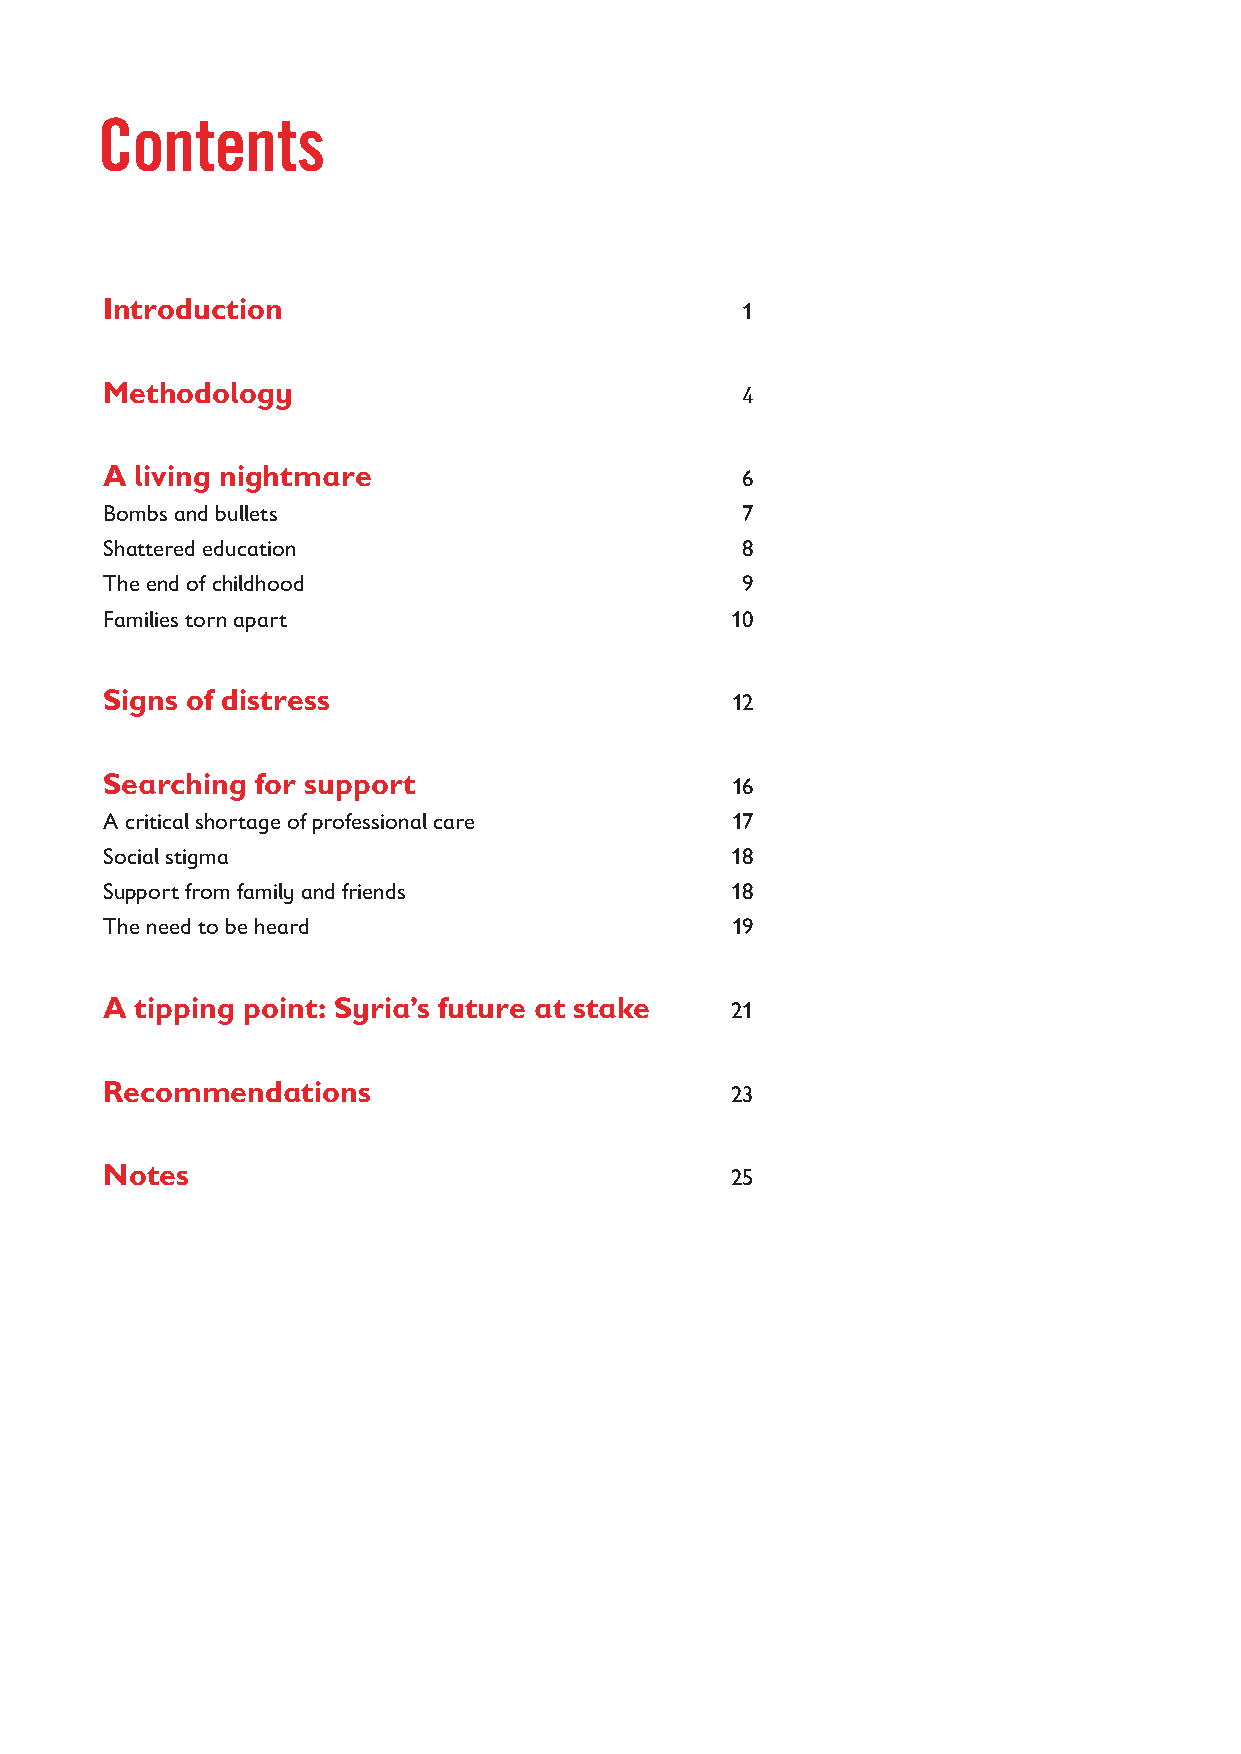
Contents
 Introduction                              1
 Methodology                               4
 A living nightmare                        6
 Bombs and bullets                         7
 Shattered education                       8
 The end of childhood                      9
 Families torn apart                      10
 Signs of distress                        12
 Searching for support                    16
 A critical shortage of professional care 17
 Social stigma                            18
 Support from family and friends          18
 The need to be heard                     19
 A tipping point: Syria’s future at stake 21
 Recommendations                          23
 Notes                                    25